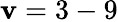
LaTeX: \mathbf{v}=3-9